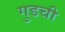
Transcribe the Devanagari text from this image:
गुडची